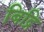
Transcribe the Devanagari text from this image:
बिद्रि